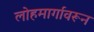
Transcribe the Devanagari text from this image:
लोहमार्गावरून